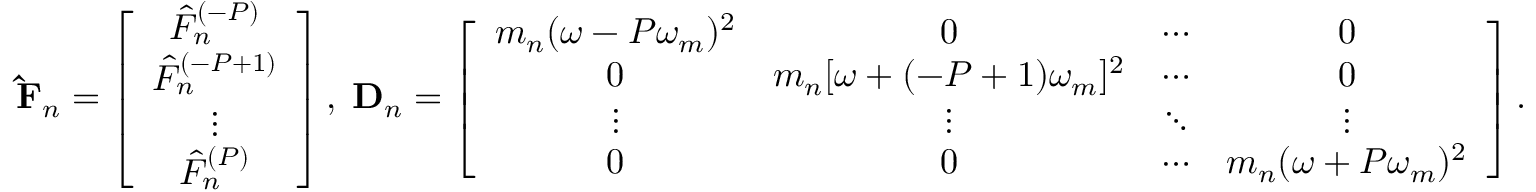
\mathbf { \hat { F } } _ { n } = \left[ \begin{array} { c } { \hat { F } _ { n } ^ { ( - P ) } } \\ { \hat { F } _ { n } ^ { ( - P + 1 ) } } \\ { \vdots } \\ { \hat { F } _ { n } ^ { ( P ) } } \end{array} \right] , \; \mathbf { D } _ { n } = \left[ \begin{array} { c c c c } { m _ { n } ( \omega - P \omega _ { m } ) ^ { 2 } } & { 0 } & { \cdots } & { 0 } \\ { 0 } & { m _ { n } [ \omega + ( - P + 1 ) \omega _ { m } ] ^ { 2 } } & { \cdots } & { 0 } \\ { \vdots } & { \vdots } & { \ddots } & { \vdots } \\ { 0 } & { 0 } & { \cdots } & { m _ { n } ( \omega + P \omega _ { m } ) ^ { 2 } } \end{array} \right] .